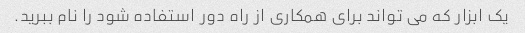
یک ابزار که می تواند برای همکاری از راه دور استفاده شود را نام ببرید.